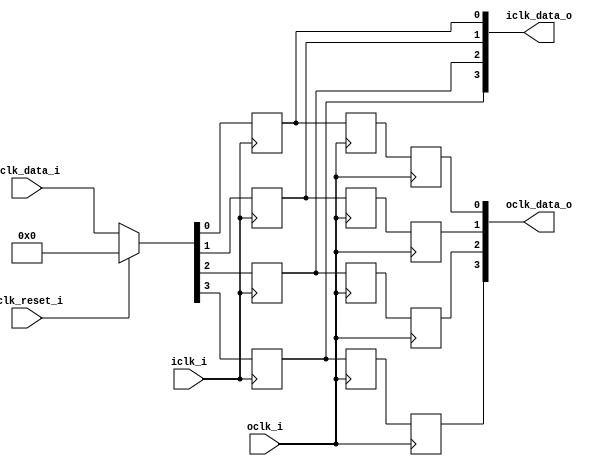
module bsg_launch_sync_sync_posedge_4_unit
(
  iclk_i,
  iclk_reset_i,
  oclk_i,
  iclk_data_i,
  iclk_data_o,
  oclk_data_o
);

  input [3:0] iclk_data_i;
  output [3:0] iclk_data_o;
  output [3:0] oclk_data_o;
  input iclk_i;
  input iclk_reset_i;
  input oclk_i;
  wire [3:0] iclk_data_o,oclk_data_o,bsg_SYNC_1_r;
  wire N0,N1,N2,N3,N4,N5,N6;
  reg iclk_data_o_3_sv2v_reg,iclk_data_o_2_sv2v_reg,iclk_data_o_1_sv2v_reg,
  iclk_data_o_0_sv2v_reg,bsg_SYNC_1_r_3_sv2v_reg,bsg_SYNC_1_r_2_sv2v_reg,
  bsg_SYNC_1_r_1_sv2v_reg,bsg_SYNC_1_r_0_sv2v_reg,oclk_data_o_3_sv2v_reg,oclk_data_o_2_sv2v_reg,
  oclk_data_o_1_sv2v_reg,oclk_data_o_0_sv2v_reg;
  assign iclk_data_o[3] = iclk_data_o_3_sv2v_reg;
  assign iclk_data_o[2] = iclk_data_o_2_sv2v_reg;
  assign iclk_data_o[1] = iclk_data_o_1_sv2v_reg;
  assign iclk_data_o[0] = iclk_data_o_0_sv2v_reg;
  assign bsg_SYNC_1_r[3] = bsg_SYNC_1_r_3_sv2v_reg;
  assign bsg_SYNC_1_r[2] = bsg_SYNC_1_r_2_sv2v_reg;
  assign bsg_SYNC_1_r[1] = bsg_SYNC_1_r_1_sv2v_reg;
  assign bsg_SYNC_1_r[0] = bsg_SYNC_1_r_0_sv2v_reg;
  assign oclk_data_o[3] = oclk_data_o_3_sv2v_reg;
  assign oclk_data_o[2] = oclk_data_o_2_sv2v_reg;
  assign oclk_data_o[1] = oclk_data_o_1_sv2v_reg;
  assign oclk_data_o[0] = oclk_data_o_0_sv2v_reg;

  always @(posedge iclk_i) begin
    if(1'b1) begin
      iclk_data_o_3_sv2v_reg <= N6;
    end 
  end


  always @(posedge iclk_i) begin
    if(1'b1) begin
      iclk_data_o_2_sv2v_reg <= N5;
    end 
  end


  always @(posedge iclk_i) begin
    if(1'b1) begin
      iclk_data_o_1_sv2v_reg <= N4;
    end 
  end


  always @(posedge iclk_i) begin
    if(1'b1) begin
      iclk_data_o_0_sv2v_reg <= N3;
    end 
  end


  always @(posedge oclk_i) begin
    if(1'b1) begin
      bsg_SYNC_1_r_3_sv2v_reg <= iclk_data_o[3];
    end 
  end


  always @(posedge oclk_i) begin
    if(1'b1) begin
      bsg_SYNC_1_r_2_sv2v_reg <= iclk_data_o[2];
    end 
  end


  always @(posedge oclk_i) begin
    if(1'b1) begin
      bsg_SYNC_1_r_1_sv2v_reg <= iclk_data_o[1];
    end 
  end


  always @(posedge oclk_i) begin
    if(1'b1) begin
      bsg_SYNC_1_r_0_sv2v_reg <= iclk_data_o[0];
    end 
  end


  always @(posedge oclk_i) begin
    if(1'b1) begin
      oclk_data_o_3_sv2v_reg <= bsg_SYNC_1_r[3];
    end 
  end


  always @(posedge oclk_i) begin
    if(1'b1) begin
      oclk_data_o_2_sv2v_reg <= bsg_SYNC_1_r[2];
    end 
  end


  always @(posedge oclk_i) begin
    if(1'b1) begin
      oclk_data_o_1_sv2v_reg <= bsg_SYNC_1_r[1];
    end 
  end


  always @(posedge oclk_i) begin
    if(1'b1) begin
      oclk_data_o_0_sv2v_reg <= bsg_SYNC_1_r[0];
    end 
  end

  assign { N6, N5, N4, N3 } = (N0)? { 1'b0, 1'b0, 1'b0, 1'b0 } : 
                              (N1)? iclk_data_i : 1'b0;
  assign N0 = iclk_reset_i;
  assign N1 = N2;
  assign N2 = ~iclk_reset_i;

endmodule